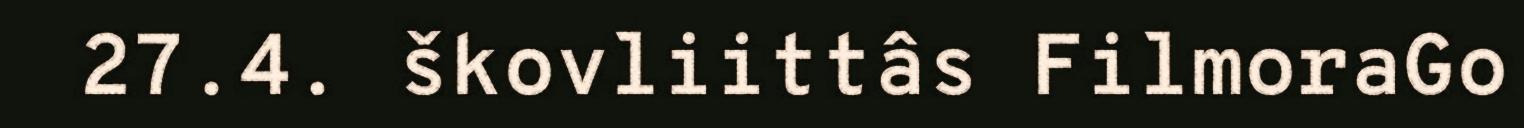
27.4. škovliittâs FilmoraGo